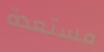
مستعدة